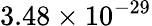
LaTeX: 3.48\times 10^{-29}